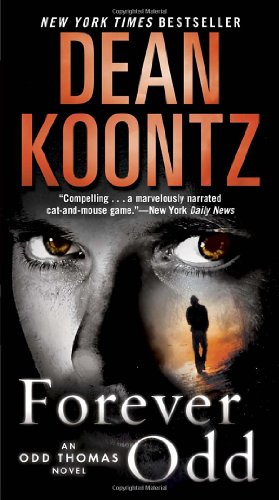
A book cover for Forever Odd: An Odd Thomas Novel; Dean Koontz; Mystery, Thriller & Suspense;